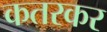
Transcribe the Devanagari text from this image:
कतरकर